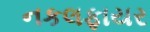
નકલફાયર